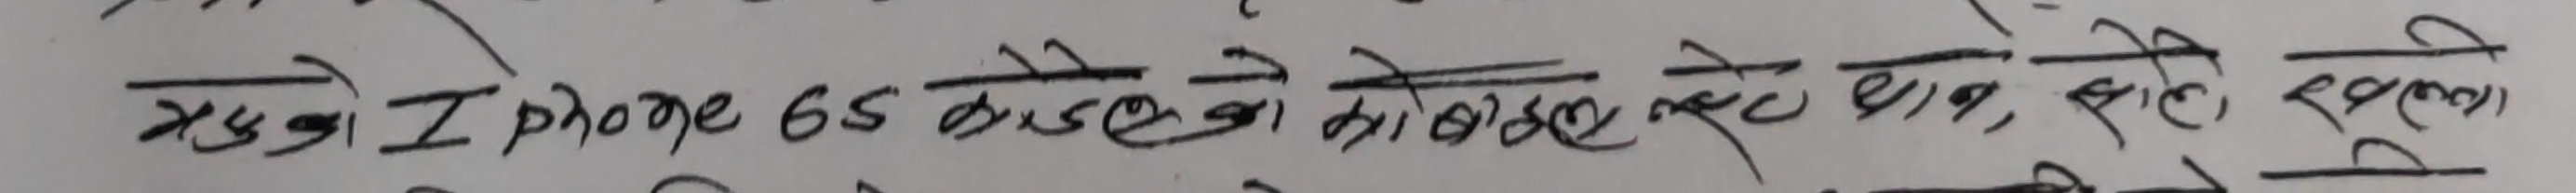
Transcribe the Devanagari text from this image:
मलाई iPhone 6s कडाको कोडिङ सहि रहदैन।